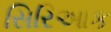
સિરિઆક